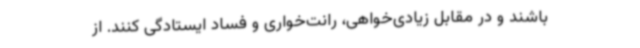
باشند و در مقابل زیادی‌خواهی، رانت‌خواری و فساد ایستادگی کنند. از